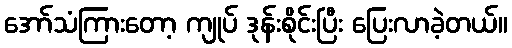
အော်သံကြားတော့ ကျုပ် ဒုန်းစိုင်းပြီး ပြေးလာခဲ့တယ်။